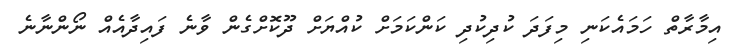
އިމާރާތް ހަމައެކަނި މިފަދަ ކުދިކުދި ކަންކަމަށް ކުއްޔަށް ދޫކޮށްގެން ވާނެ ފައިދާއެއް ނޯންނާނެ